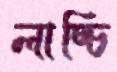
লাচ্চি